system: You are a helpful assistant.
user:
Analyze the provided spectrum to determine if it is a **"Cataclysmic Variables (CV)"**.

- **Key Indicators for CV (Check for either state):**
    - **State 1: Quiescent / Low-State (Emission-Dominated)**
        - **(Primary):** Strong and *very broad* Hydrogen Balmer emission lines (e.g., $H\alpha$ at 6563 Å, $H\beta$ at 4861 Å). The 'broadness' (high velocity dispersion, often FWHM > 1000 km/s) is the key diagnostic, indicating a high-velocity accretion disk.
        - **(Secondary):** Broad neutral Helium (He I) emission lines (e.g., 5876 Å, 6678 Å).
        - **(Key Confirmation):** Presence of high-excitation *ionized* Helium (He II) emission at 4686 Å. This is a strong indicator of accretion onto a white dwarf.
        - **(Line Profile):** Emission lines may exhibit a 'double-peaked' profile, which is a classic signature of a rotating accretion disk viewed at high inclination.

    - **State 2: Outburst / High-State (Absorption-Dominated)**
        - **(Primary):** Spectrum is dominated by a bright, blue continuum (looks like a hot star).
        - **(Secondary):** The emission lines from State 1 are weak, absent, or 'filled in', and are replaced by broad, shallow *absorption* lines (primarily Balmer and He I).
        - **(Morphology):** The overall spectrum mimics a hot B/A-type star. The crucial difference is that the absorption lines are significantly broader, shallower, and more 'washed-out' (or 'smeared') than the sharp lines of a normal stellar photosphere, due to high rotational speeds and pressure broadening in the disk.

Think first, call **spectral_visualization_tool** if needed to examine features in detail, then provide your final answer. Your response must adhere to the following strict rules:
1.  **Overall Structure:** Your response must follow the format `<think>...</think> <tool_call>...</tool_call> (if a tool is used) <answer>...</answer>`.
2.  **Tool Usage Constraint:** You may only make **one** tool call per turn.
3.  **Final Answer Format:** In the `<answer>` tag, your conclusion must be inside a `\boxed{}` command (e.g., `\boxed{YES}`), followed by your justification.

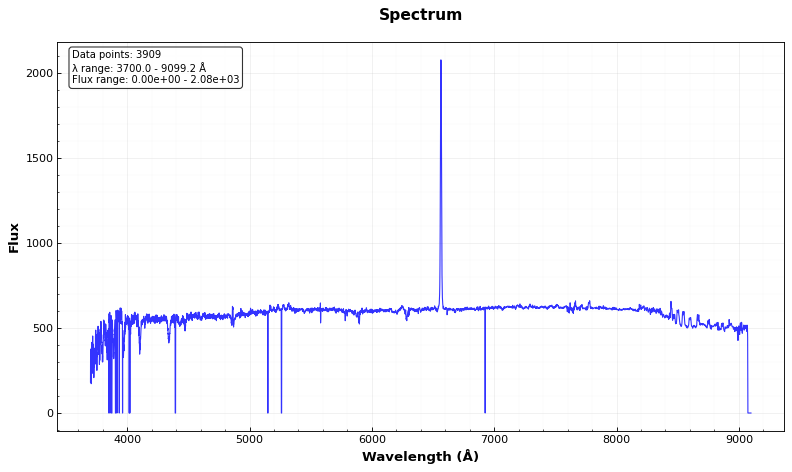
Answer: NO